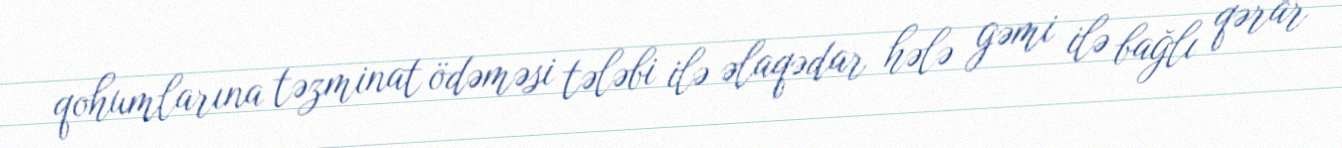
qohumlarına təzminat ödəməsi tələbi ilə əlaqədar hələ gəmi ilə bağlı qərar